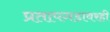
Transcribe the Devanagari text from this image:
प्रतापगडावरही